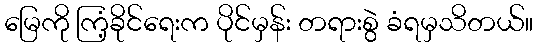
မြေကို ကြံ့ခိုင်ရေးက ပိုင်မှန်း တရားစွဲ ခံရမှသိတယ်။